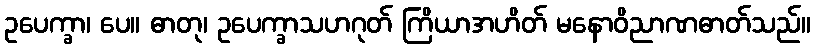
ဥပေက္ခာ၊ ပေ။ ဓာတု၊ ဥပေက္ခာသဟဂုတ် ကြိယာအဟိတ် မနောဝိညာဏဓာတ်သည်။